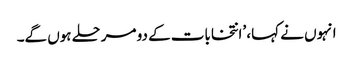
انہوں نے کہا، ’انتخابات کے دو مرحلے ہوں گے۔